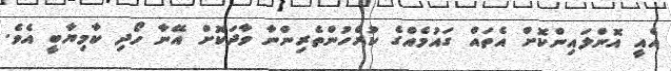
އެއީ އޮންލައިންކޮށް އެތައް ގައުމެއްގެ ކުރެހުންތެރިންނާ ވާދަކޮށް އޭނާ ހޯދި ކާމިޔާބީ އެވެ.